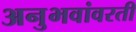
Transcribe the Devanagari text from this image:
अनुभवांवरती